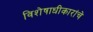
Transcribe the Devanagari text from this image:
विशेषाधीकारांचे